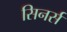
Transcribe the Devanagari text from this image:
सिनर्स